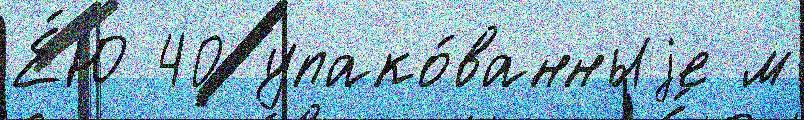
Е́Ю 40 упако́ванныjе м